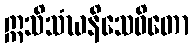
ဣသိသံဃနိသေဝိတော